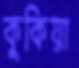
কুকিয়া